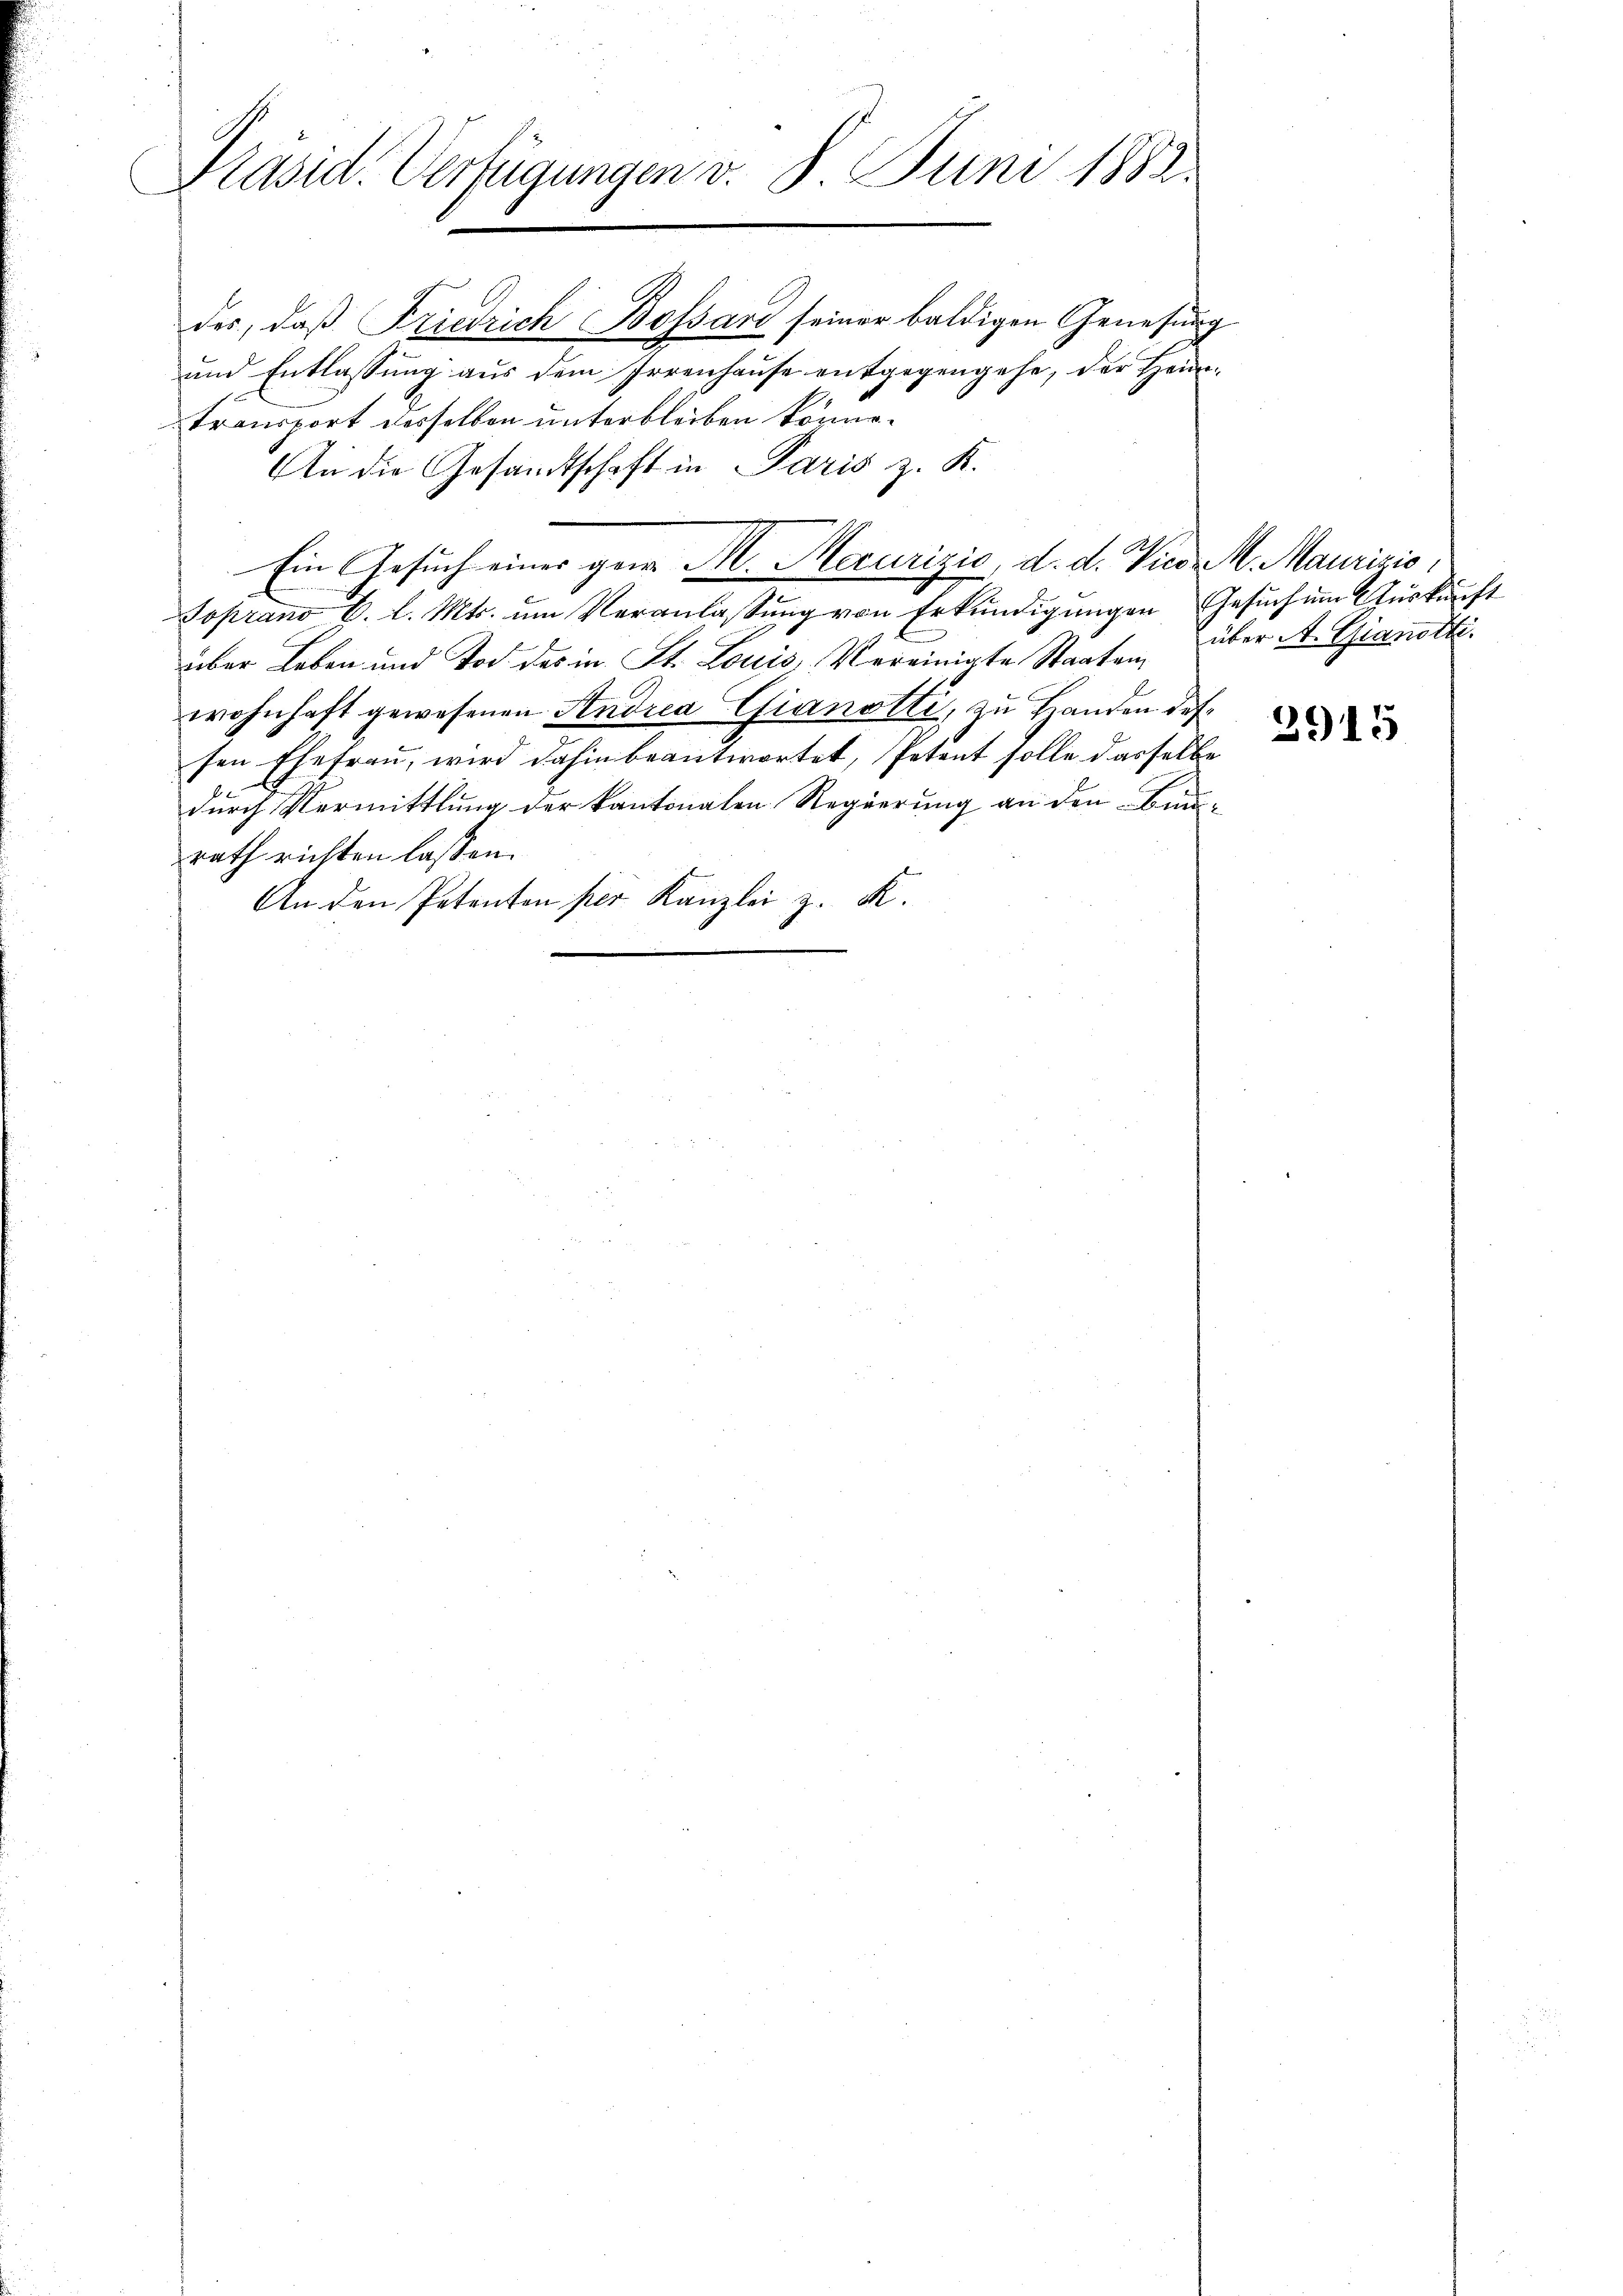
Präsid. Verfügungen v. 8. Juni 1882.

des, daß Friedrich Bossard seiner baldigen Genesung
und Entlassung aus dem Irrenhause entgegengehe, der Heim¬
Transport desselben unterbleiben könne.
An die Gesandtschaft in Paris z. K.
Soprano C. l. Mts. ŭm Veranlassŭng von Erkŭndigŭngen Gesuch um Auskunft
über Leben und Tod des in St. Louis, Vereinigte Staaten, über A. Gianothwohnhaft gewesenen Andria Gianotti, zu Handen des
sen Ehefrau, wird dahin beantwortet, Petent solle dasselbe
durch Vermittlung der kantonalen Regierung an den Bunrath richten lassen.
An den Petenten per Kanzlei z. K.

Ein Gesuch einer gern M. Meurizić, d. d. Vier M. Maurizis

G.

3915